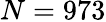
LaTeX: N=973